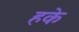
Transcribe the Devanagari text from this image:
हके